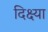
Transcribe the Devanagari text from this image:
दिक्ष्या